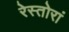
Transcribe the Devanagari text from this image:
रेस्तोरां